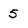
Character: 5